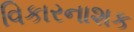
વિકારનાશક